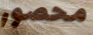
محصور